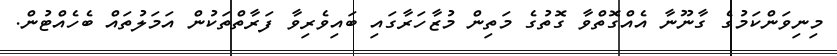
މިނިވަންކަމުގެ ގާނޫނާ އެއްގޮތްވާ ގޮތުގެ މަތިން މުޒާހަރާގައި ބައިވެރިވާ ފަރާތްތަކުން އަމަލުތައް ބެހެއްޓުން.